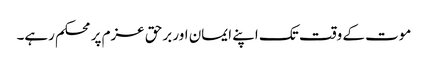
موت کے وقت تک اپنے ایمان اور برحق عزم پر محکم رہے۔